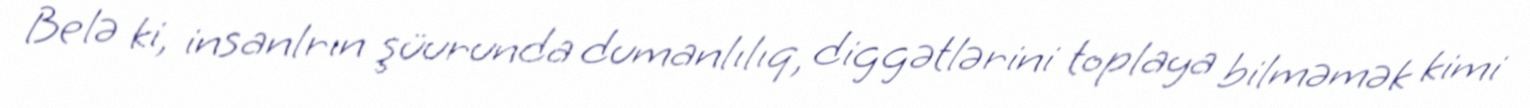
Belə ki, insanlrın şüurunda dumanlılıq, diggətlərini toplaya bilməmək kimi